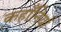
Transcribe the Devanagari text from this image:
कहाँनियाँ